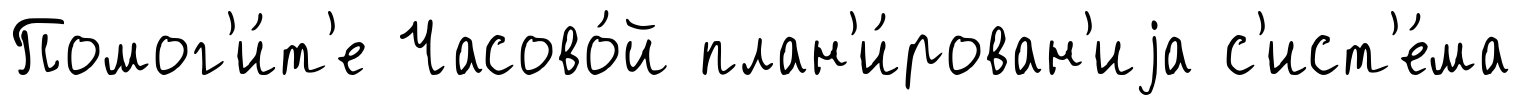
Помог'и́т'е Часово́й план'и́рован'иjа с'ист'е́ма